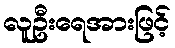
လူဦးရေအားဖြင့်